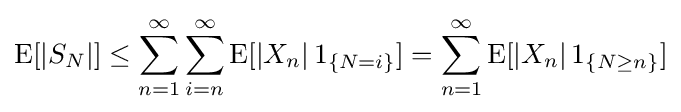
\operatorname {E} [|S_{N}|]\leq \sum _{n=1}^{\infty }\sum _{i=n}^{\infty }\operatorname {E} [|X_{n}|\,1_{\{N=i\}}]=\sum _{n=1}^{\infty }\operatorname {E} [|X_{n}|\,1_{\{N\geq n\}}]